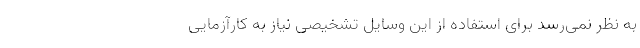
به نظر نمی‌رسد برای استفاده از این وسایل تشخیصی نیاز به کارآزمایی